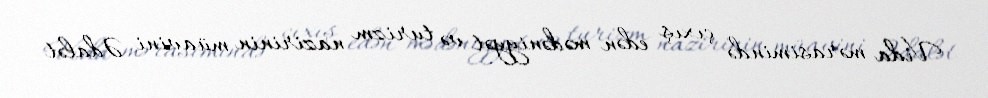
Vida mərasimində çıxış edən mədəniyyət və turizm nazirinin müavini Ədalət